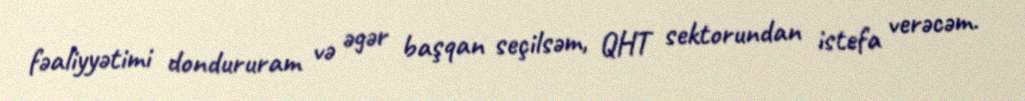
fəaliyyətimi dondururam və əgər başqan seçilsəm, QHT sektorundan istefa verəcəm.